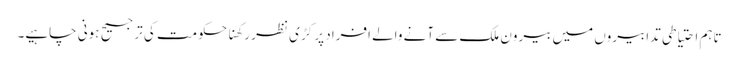
تاہم احتیاطی تدابیروں میں بیرون ملک سے آنے والے افراد پر کڑی نظر رکھنا حکومت کی ترجیح ہونی چاہیے۔